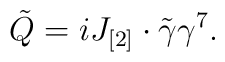
\tilde Q=iJ_{[2]}\cdot\tilde\gamma \gamma^7.